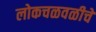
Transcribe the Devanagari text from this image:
लोकचळवळीचे